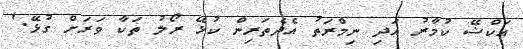
އަކްޝޭ ކުމާރު އަދި ނިމްރަތު އެދެތަރިން ކުޅޭ ރޯލު ތަކާ ވަރަށް ގުޅޭ.'